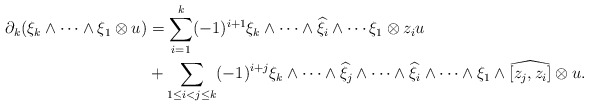
\begin{align*}\begin{aligned}\partial_k (\xi_k \wedge \cdots \wedge \xi_1 \otimes u) & = \sum_{i=1}^{k} (-1)^{i+1} \xi_k \wedge \cdots \wedge \widehat{\xi}_i \wedge \cdots \xi_1 \otimes z_i u \\& + \sum_{1\leq i<j\leq k} (-1)^{i+j} \xi_k \wedge \cdots \wedge \widehat{\xi}_j \wedge \cdots \wedge \widehat{\xi}_i \wedge \cdots \wedge \xi_1 \wedge \widehat{[z_j,z_i]} \otimes u.\end{aligned}\end{align*}